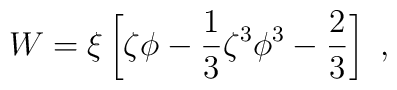
W=\xi\left[\zeta\phi-{1\over 3}\zeta^3\phi^3-{2\over 3}\right]~,